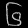
Digit: ၆